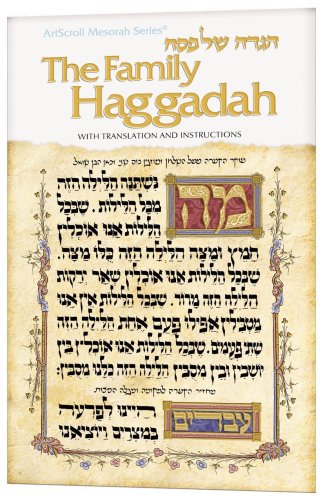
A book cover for Family Haggadah: Hagadah Shel Pesah (Artscroll Mesorah Series); Nosson Scherman; Religion & Spirituality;